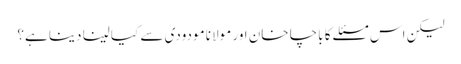
لیکن اس مسئلے کا باچا خان اور مولانا مودودی سے کیا لینا دینا ہے؟